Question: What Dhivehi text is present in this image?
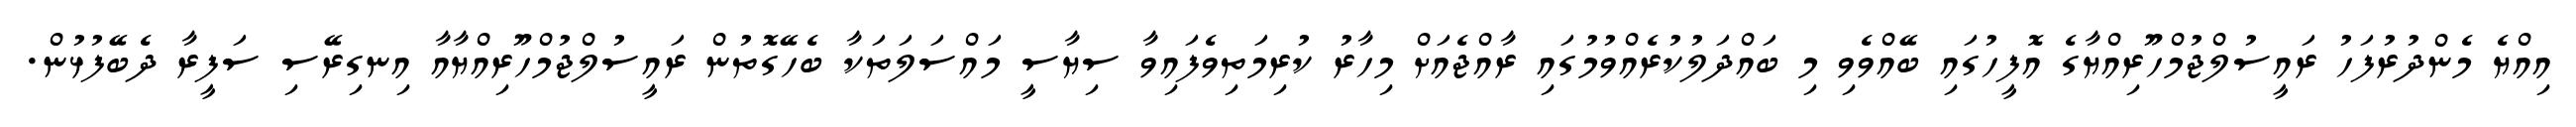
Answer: އިއްޔެ މެންދުރުފަހު ރައީސުލްޖުމްހޫރިއްޔާގެ އޮފީހުގައި ބޭއްވެވި މި ބައްދަލުކުރެއްވުމުގައި ރާއްޖެއަށް މިހާރު ކުރިމަތިވެފައިވާ ސިޔާސީ މައްސަލަތަކާ ބެހޭގޮތުން ރައީސުލްޖުމްހޫރިއްޔާއާ އިނގިރޭސި ސަފީރާ ދެބޭފުޅުން.